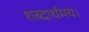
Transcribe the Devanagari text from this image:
शब्दार्थमय।